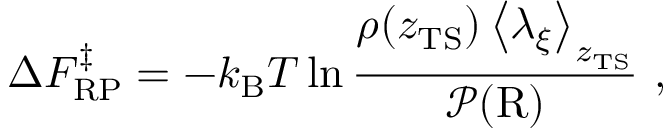
\Delta F _ { \mathrm { R P } } ^ { \ddagger } = - k _ { \mathrm { B } } T \ln \frac { \rho ( z _ { \mathrm { T S } } ) \left< \lambda _ { \xi } \right> _ { z _ { \mathrm { T S } } } } { \mathcal { P } ( \mathrm { R } ) } \ ,